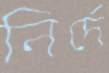
নির্দে